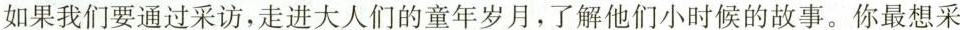
如果我们要通过采访，走进大人们的童年岁月，了解他们小时候的故事。你最想采